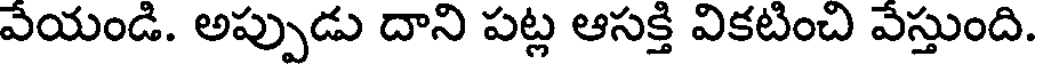
వేయండి. అప్పుడు దాని పట్ల ఆసక్తి వికటించి వేస్తుంది.